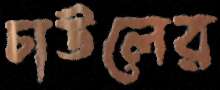
চাউলের